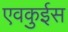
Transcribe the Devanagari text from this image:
एवकुईस